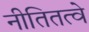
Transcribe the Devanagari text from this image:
नीतितत्वे